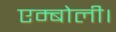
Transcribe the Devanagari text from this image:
एम्बोली।